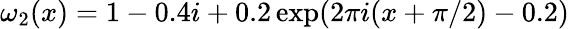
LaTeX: \omega_{2}(x)=1-0.4i+0.2\exp(2\pi i(x+\pi/2)-0.2)